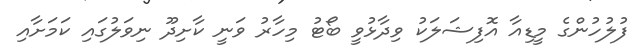
ފުލުހުންގެ މީޑިއާ އޮފިޝަލަކު ވިދާޅުވީ ބޯޓު މިހާރު ވަނީ ކާށިދޫ ނިވަލުގައި ކަމަށާއި